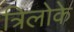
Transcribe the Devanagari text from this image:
त्रिलोके